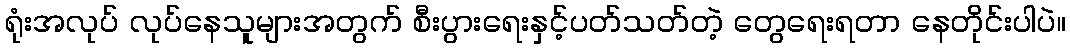
ရုံးအလုပ် လုပ်နေသူများအတွက် စီးပွားရေးနှင့်ပတ်သတ်တဲ့ တွေရေးရတာ နေတိုင်းပါပဲ။